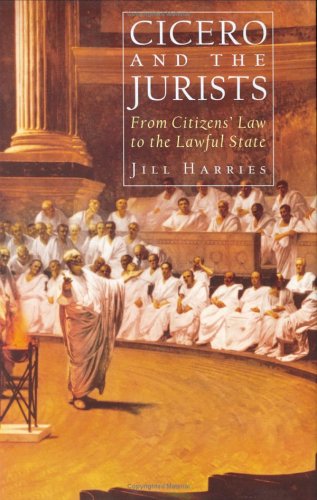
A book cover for Cicero and the Jurists; Jill Harries; Literature & Fiction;